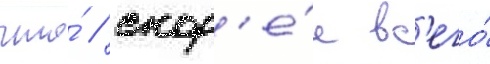
что́ / скор'е́е вс'его́